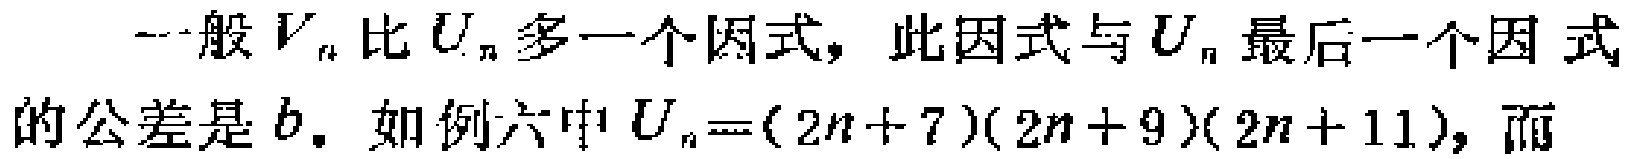
一般$V_{n}$比$U_{n}$多一个因式，此因式与$U_{n}$最后一个因式的公差是$b$. 如例六中$U_{n}=(2n + 7)(2n + 9)(2n + 11)$，而